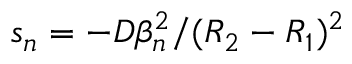
s _ { n } = - D \beta _ { n } ^ { 2 } / ( R _ { 2 } - R _ { 1 } ) ^ { 2 }